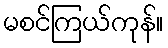
မစင်ကြယ်ကုန်။